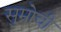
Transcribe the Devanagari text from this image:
सुम्रोची